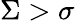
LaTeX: \Sigma>\sigma